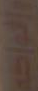
والفواكه